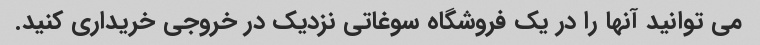
می توانید آنها را در یک فروشگاه سوغاتی نزدیک در خروجی خریداری کنید.